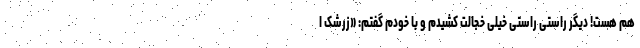
هم هست! دیگر راستی راستی خیلی خجالت کشیدم و با خودم گفتم: «زرشک ا